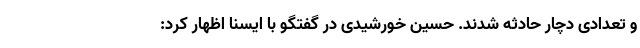
و تعدادی دچار حادثه شدند. حسین خورشیدی در گفتگو با ایسنا اظهار کرد: